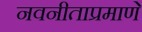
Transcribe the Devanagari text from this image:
नवनीताप्रमाणे